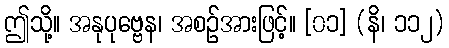
ဤသို့။ အနုပုဗ္ဗေန၊ အစဉ်အားဖြင့်။ [၀၁] (နိ၊ ၁၁၂)